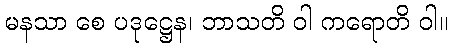
မနသာ စေ ပဒုဋ္ဌေန၊ ဘာသတိ ဝါ ကရောတိ ဝါ။